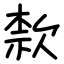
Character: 歀